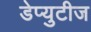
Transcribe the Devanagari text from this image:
डेप्युटीज